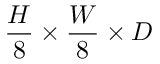
\frac { H } { 8 } \times \frac { W } { 8 } \times D